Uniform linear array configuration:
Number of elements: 8
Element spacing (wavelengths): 0.75
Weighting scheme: exponential
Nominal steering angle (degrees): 30
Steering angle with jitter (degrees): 28.769
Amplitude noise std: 0.05
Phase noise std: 0.05

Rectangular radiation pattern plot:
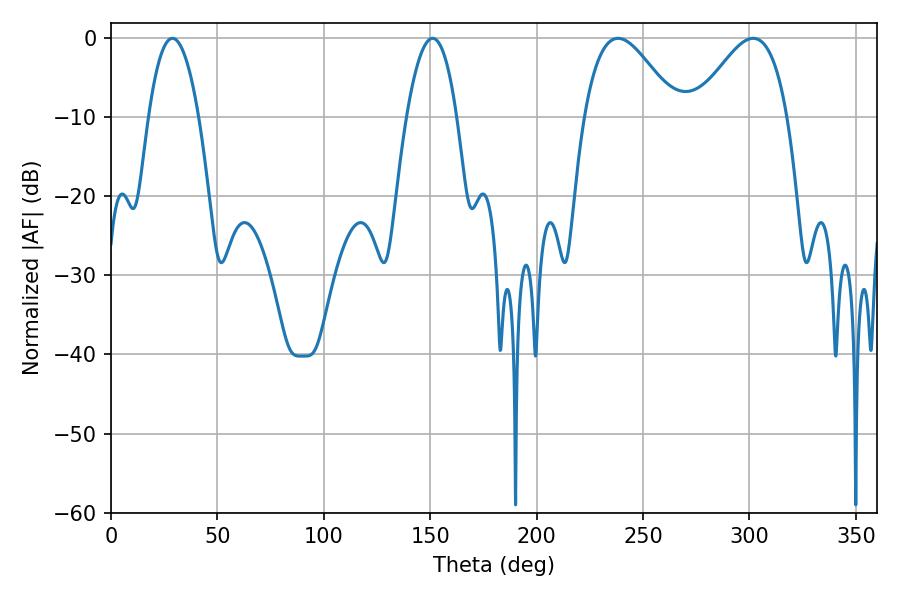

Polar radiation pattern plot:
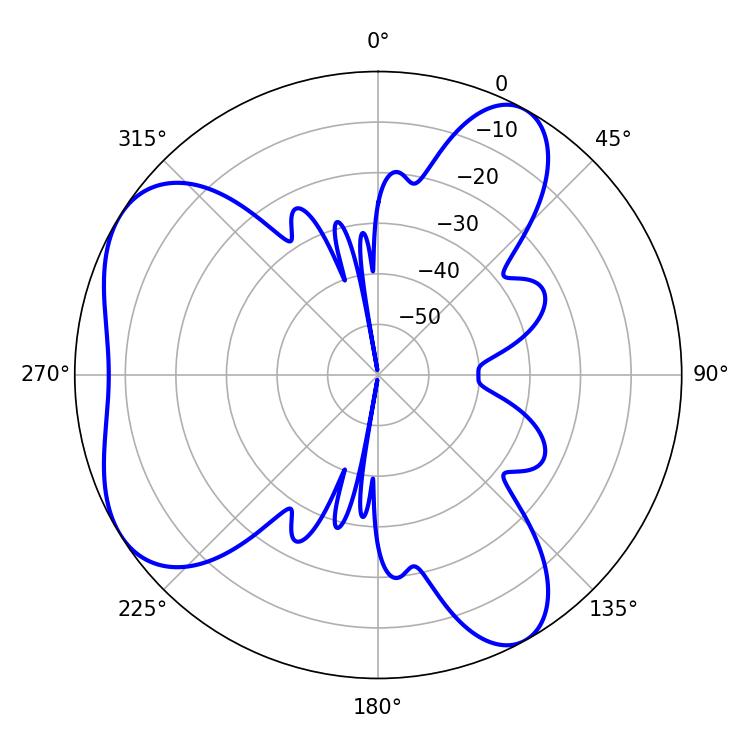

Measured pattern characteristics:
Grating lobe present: TRUE
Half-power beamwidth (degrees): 23.22
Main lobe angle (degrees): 238.32